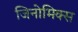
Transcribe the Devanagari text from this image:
जिनोमिक्स